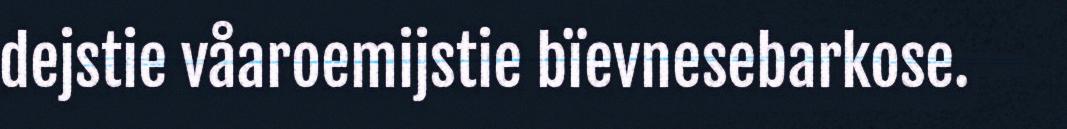
dejstie våaroemijstie bïevnesebarkose.